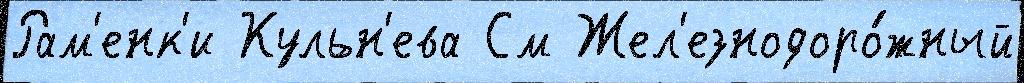
Рам'енк'и Кульн'ева См Жел'езнодоро́жный